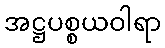
အဋ္ဌပစ္စယဝါရာ